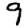
Digit: 9